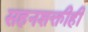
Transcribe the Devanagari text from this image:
सहनशक्तीही